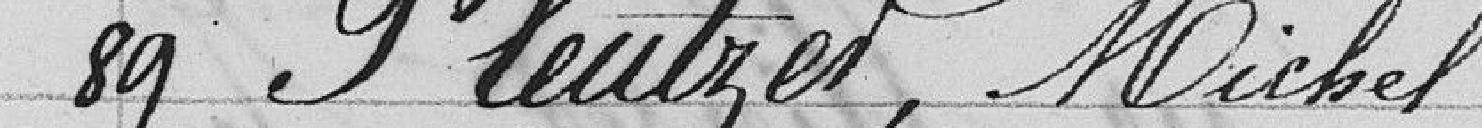
89 Pleutzer, Michel